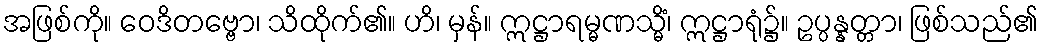
အဖြစ်ကို။ ဝေဒိတဗ္ဗော၊ သိထိုက်၏။ ဟိ၊ မှန်။ ဣဋ္ဌာရမ္မဏသ္မိံ၊ ဣဋ္ဌာရုံ၌။ ဥပ္ပန္နတ္တာ၊ ဖြစ်သည်၏